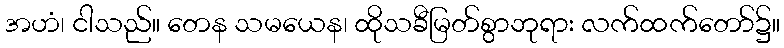
အဟံ၊ ငါသည်။ တေန သမယေန၊ ထိုသခီမြတ်စွာဘုရား လက်ထက်တော်၌။